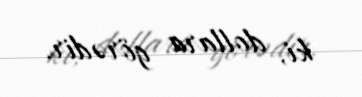
ki, dollara görədir.